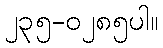
၂၃၅-၀၂၈၅ပါ။